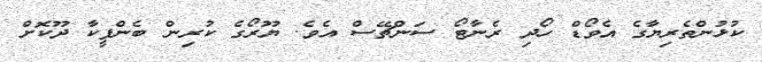
ކުޅުންތެރިޔާގެ އެވޯޑް ހޯދި ރެނާޓޯ ސަންޗޭސް އެވެ. ޔޫރޯގެ ކުރިން ބެންފީކާ ދޫކޮށް